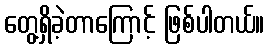
တွေ့ရှိခဲ့တာကြောင့် ဖြစ်ပါတယ်။